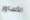
الأساور